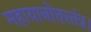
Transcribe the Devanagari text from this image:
महायानोत्तरतंत्र।